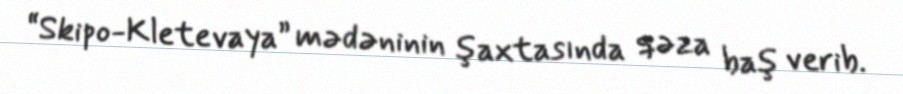
“Skipo-Kletevaya” mədəninin şaxtasında qəza baş verib.